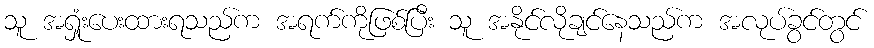
သူ အရှုံးပေးထားရသည်က အရက်ကိုဖြစ်ပြီး သူ အနိုင်လိုချင်နေသည်က အလုပ်ခွင်တွင်